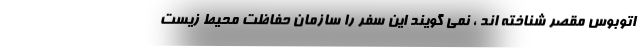
اتوبوس مقصر شناخته اند ، نمی گویند این سفر را سازمان حفاظت محیط زیست